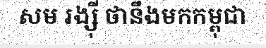
សម រង្ស៊ី ថានឹងមកកម្ពុជា